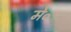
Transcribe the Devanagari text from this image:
मे०